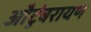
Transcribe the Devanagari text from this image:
औटुंबरायण